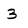
Character: 3